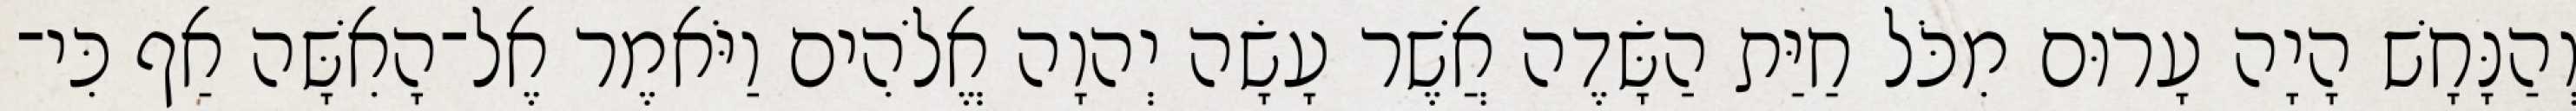
וְהַנָּחָשׁ הָיָה עָרוּם מִכֹּל חַיַּת הַשָּׂדֶה אֲשֶׁר עָשָׂה יְהוָה אֱלֹהִים וַיֹּאמֶר אֶל־הָאִשָּׁה אַף כִּי־